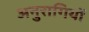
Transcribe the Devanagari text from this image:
अनुरागियों